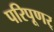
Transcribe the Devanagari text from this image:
परिपूणर्